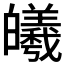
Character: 𪾅